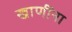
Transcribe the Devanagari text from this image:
खाणींना